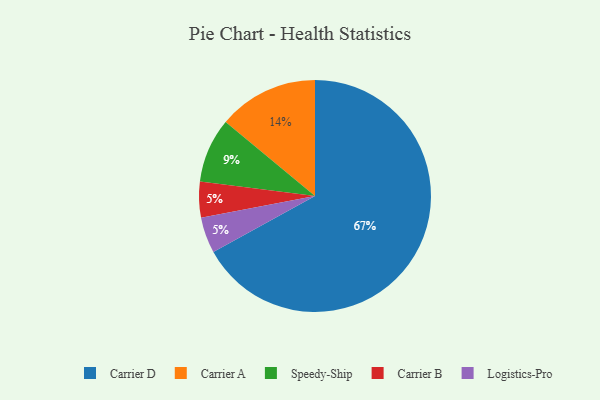
{"axis": {"x": "Category", "y": "Percentage"}, "legend": ["Carrier A", "Carrier B", "Carrier D", "Logistics-Pro", "Speedy-Ship"], "data": [{"x": "Carrier D", "y": 67, "type": "Carrier D"}, {"x": "Carrier A", "y": 14, "type": "Carrier A"}, {"x": "Carrier B", "y": 5, "type": "Carrier B"}, {"x": "Logistics-Pro", "y": 5, "type": "Logistics-Pro"}, {"x": "Speedy-Ship", "y": 9, "type": "Speedy-Ship"}]}